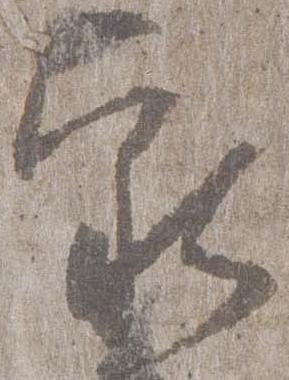
家